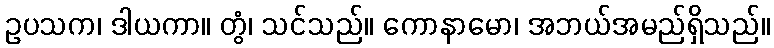
ဥပသက၊ ဒါယကာ။ တွံ၊ သင်သည်။ ကောနာမော၊ အဘယ်အမည်ရှိသည်။